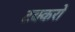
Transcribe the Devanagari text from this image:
टक्करो